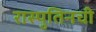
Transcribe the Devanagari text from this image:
रास्पुतिनची